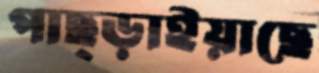
পাছ্‌ড়াইয়াছে